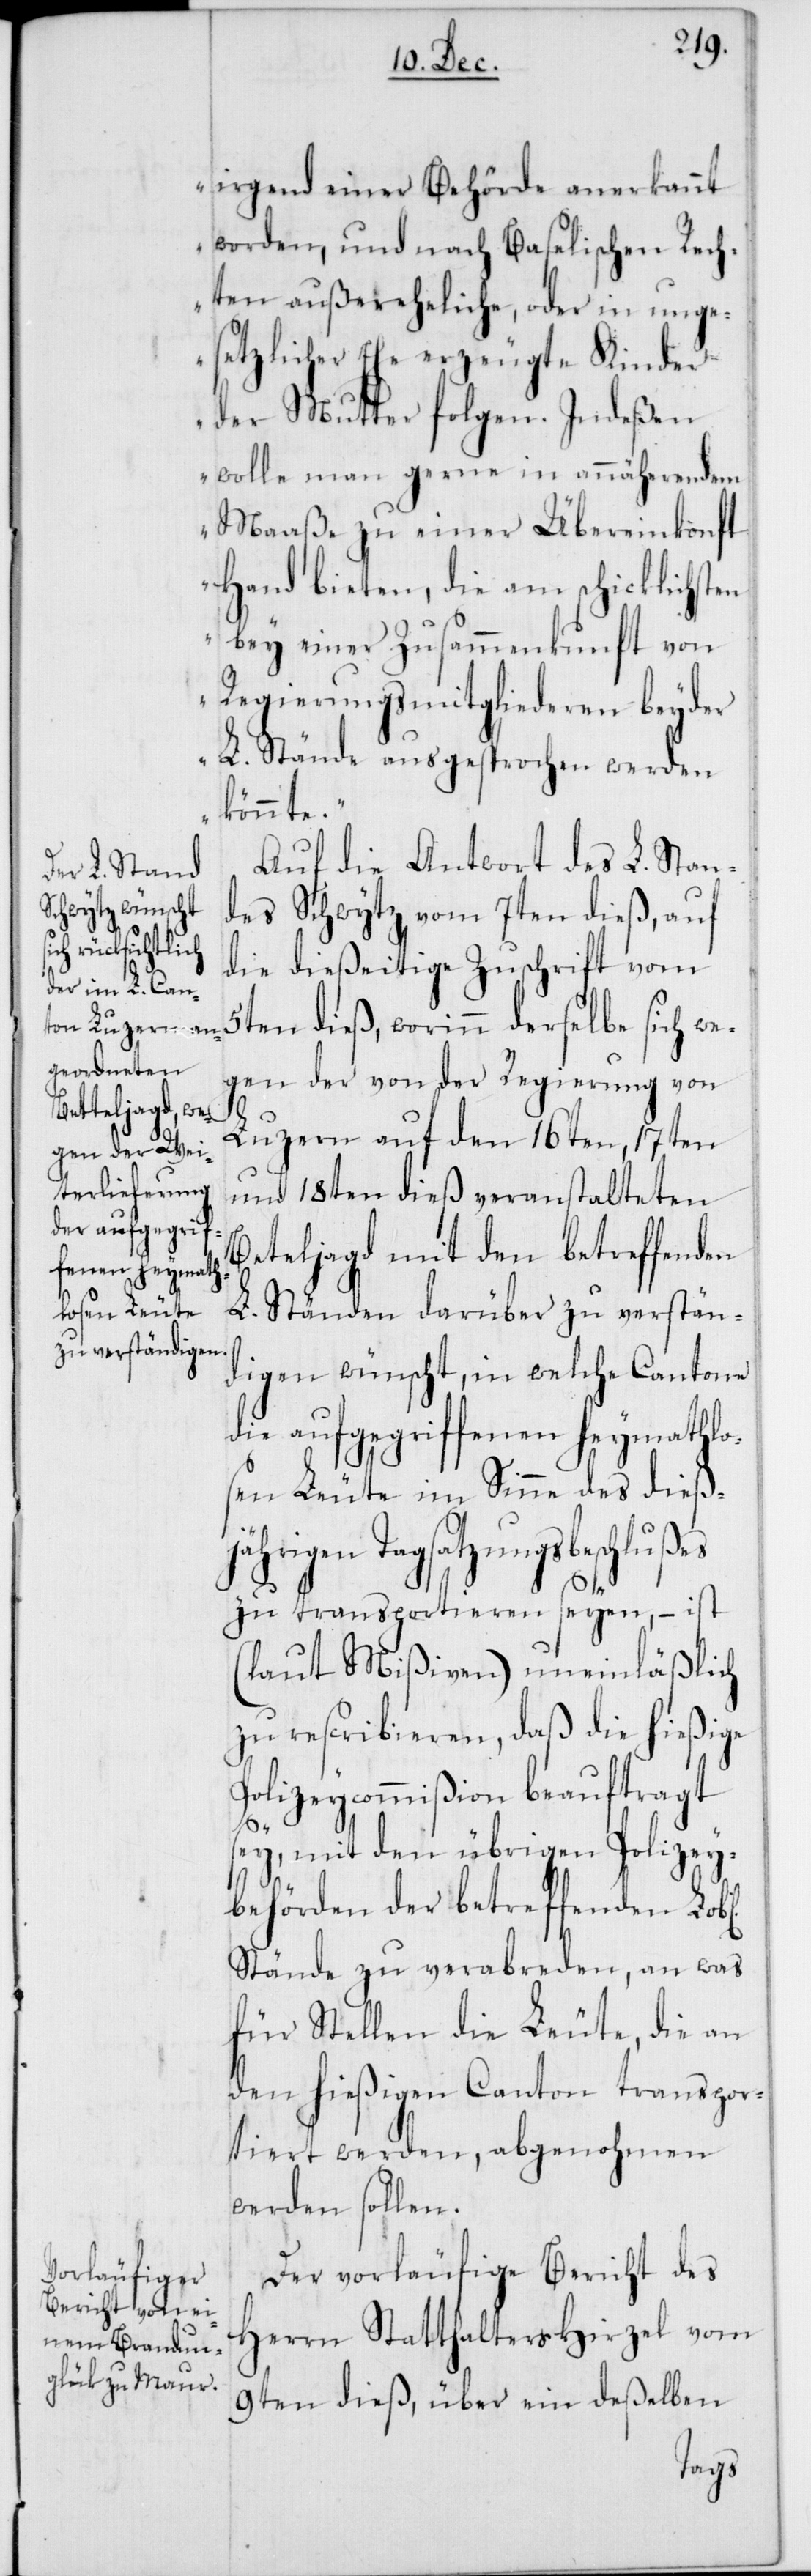
l[ichen]

irgend einer Behörde anerkannt
worden, und nach Baselischen Rech¬
ten außereheliche, oder in unge¬
setzlicher Ehe erzeugte Kinder
der Mutter folgen. Indeßen
wolle man gerne in annäherendem
Maaße zu einer Übereinkonft
Hand bieten, die am schicklichsten
bey einer Zusammenkunft von
Regierungsmitgliederen beyder
L. Stände ausgesprochen werden
könnte.“
Auf die Antwort des L. Stan¬
des Schwytz vom 7ten dieß, auf
die dießeitige Zuschrift vom
5ten dieß, worinn derselbe sich we¬
gen der von der Regierung von
Luzern auf den 16ten, 17ten
und 18ten dieß veranstalteten
Betteljagd mit den betreffenden
L. Ständen darüber zu verstän¬
digen wünscht, in welche Cantone
die aufgegriffenen heymathlos¬
en Leute im Sinne des dießjäh¬
rigen Tagsatzungsbeschlußes
zu transportieren seyen, – ist
(laut Mißiven) uneinläßlich
zu rescribieren, daß die hießige
olizeycommißion beauftragt
sey, mit den übrigen Polizey¬
behörden der betreffenden Lob¬
Stände zu verabreden, an was
für Stellen die Leute, die an
den hießigen Canton transpor¬
tiert werden, abgenohmen
werden sollen.
Der vorläufige Bericht des
Herrn Statthalters Hirzel vom
9ten dieß, über ein deßelben
P¬